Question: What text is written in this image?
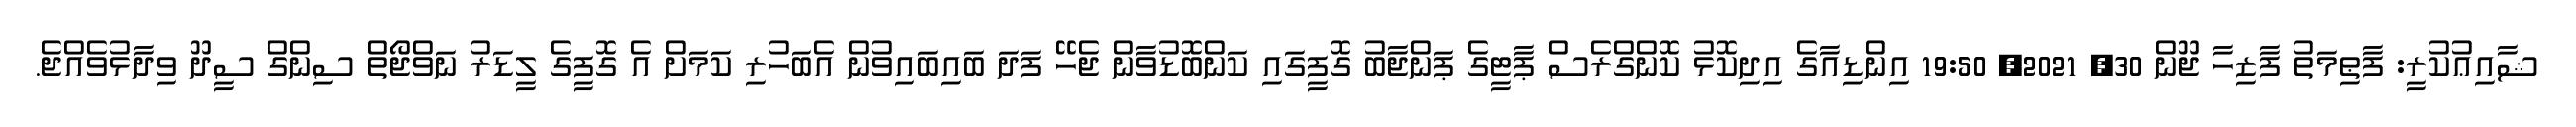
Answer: ޝާއިޢުކުރީ: ފާޠިމަތު ފާޒިހާ ޖޫން 30, 2021, 19:50 އިންޑިއާގެ އިދިކޮޅު ކޮންގްރެސް ޕާޓީގެ ޕަންޖާބު ގޮފީގައި ކަންބޮޑުވާން ޖެހޭ ފަދަ ބައިބައިވުން އެބަހުރި ކަމަށް އެ ގޮފީގެ ލީޑަރު ނަވްޖޯތް ސިންގް ސީދޫ ވިދާޅުވެއްޖެ.